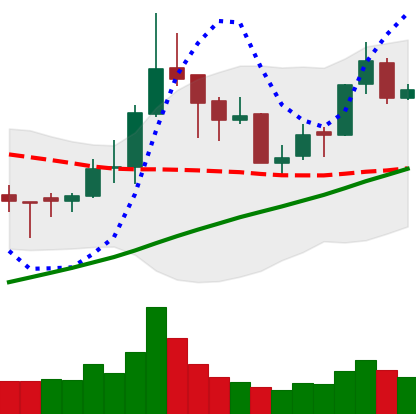
Ticker: BNB-USD
Chart end date: 2018-04-05
Forward return: -3.352%
Label: down_3_5